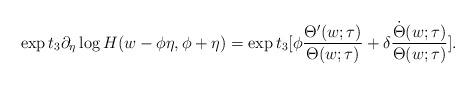
LaTeX: \begin{align*}\exp t_3 \partial_\eta \log H(w-\phi\eta, \phi + \eta) =\exp t_3[\phi \frac{\Theta'(w;\tau)}{\Theta(w;\tau)} + \delta \frac{\dot{\Theta}(w;\tau)}{\Theta(w;\tau)}].\end{align*}